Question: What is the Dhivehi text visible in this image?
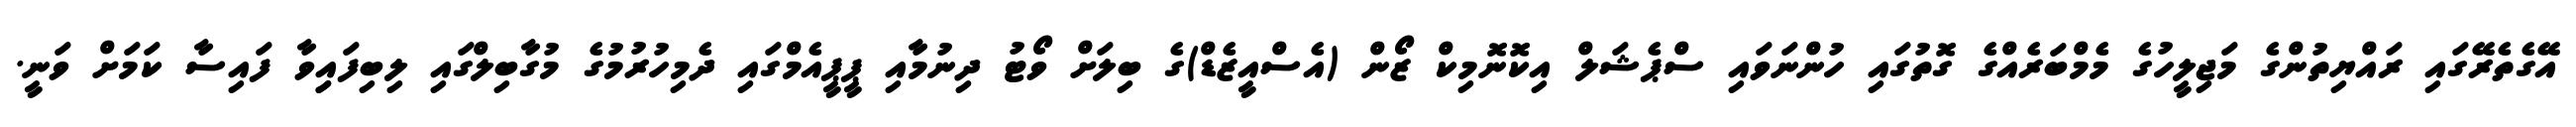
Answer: އޭގެތެރޭގައި ރައްޔިތުންގެ މަޖިލީހުގެ މެމްބަރެއްގެ ގޮތުގައި ހުންނަވައި ސްޕެޝަލް އިކޮނޮމިކް ޒޯން (އެސްއީޒެޑް)ގެ ބިލަށް ވޯޓު ދިނުމާއި ޕީޕީއެމްގައި ދެމިހުރުމުގެ މުގާބިލްގައި ލިބިފައިިވާ ފައިސާ ކަމަށް ވަނީ.